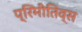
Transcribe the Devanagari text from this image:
प्रिमीतिव्स